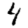
Digit: 4